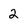
Character: 2